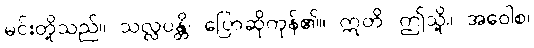
မင်းတို့သည်။ သလ္လပန္တိ၊ ပြောဆိုကုန်၏။ ဣတိ၊ ဤသို့။ အဝေါစ၊